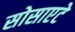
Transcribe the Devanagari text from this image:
सोसाएटे